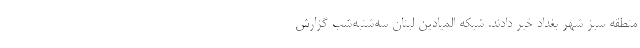
منطقه سبز شهر بغداد خبر دادند. شبکه المیادین لبنان سه‌شنبه‌شب گزارش